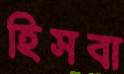
হিসবা